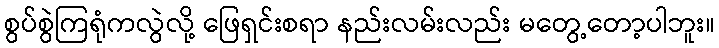
စွပ်စွဲကြရုံကလွဲလို့ ဖြေရှင်းစရာ နည်းလမ်းလည်း မတွေ့တော့ပါဘူး။